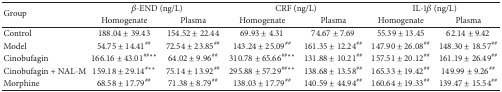
<table><thead><tr><td rowspan="2"><b>Group</b></td><td colspan="2"><b><i>β</i>-END (ng/L)</b></td><td colspan="2"><b>CRF (ng/L)</b></td><td colspan="2"><b>IL-1<i>β</i> (ng/L)</b></td></tr><tr><td><b>Homogenate</b></td><td><b>Plasma</b></td><td><b>Homogenate</b></td><td><b>Plasma</b></td><td><b>Homogenate</b></td><td><b>Plasma</b></td></tr></thead><tbody><tr><td>Control</td><td>188.04 ± 39.43</td><td>154.52 ± 22.44</td><td>69.93 ± 4.31</td><td>74.67 ± 7.69</td><td>55.39 ± 13.45</td><td>62.14 ± 9.42</td></tr><tr><td>Model</td><td>54.75 ± 14.41<sup>##</sup></td><td>72.54 ± 23.85<sup>##</sup></td><td>143.24 ± 25.09<sup>##</sup></td><td>161.35 ± 12.24<sup>##</sup></td><td>147.90 ± 26.08<sup>##</sup></td><td>148.30 ± 18.57<sup>##</sup></td></tr><tr><td>Cinobufagin</td><td>166.16 ± 43.01<sup>##∗∗</sup></td><td>64.02 ± 9.96<sup>##</sup></td><td>310.78 ± 65.66<sup>##∗∗</sup></td><td>131.88 ± 10.21<sup>##</sup></td><td>157.51 ± 20.12<sup>##</sup></td><td>161.19 ± 26.49<sup>##</sup></td></tr><tr><td>Cinobufagin + NAL-M</td><td>159.18 ± 29.14<sup>#∗∗</sup></td><td>75.14 ± 13.92<sup>##</sup></td><td>295.88 ± 57.29<sup>##∗∗</sup></td><td>138.68 ± 13.58<sup>##</sup></td><td>165.33 ± 19.42<sup>##</sup></td><td>149.99 ± 9.26<sup>##</sup></td></tr><tr><td>Morphine</td><td>68.58 ± 17.79<sup>##</sup></td><td>71.38 ± 8.79<sup>##</sup></td><td>138.03 ± 17.79<sup>##</sup></td><td>140.59 ± 44.94<sup>##</sup></td><td>160.64 ± 19.33<sup>##</sup></td><td>139.47 ± 15.54<sup>##</sup></td></tr></tbody></table>